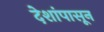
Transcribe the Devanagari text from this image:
देशांपासून